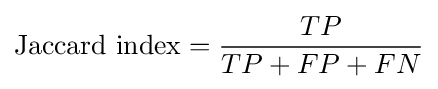
{\text{Jaccard index}}={\frac {TP}{TP+FP+FN}}